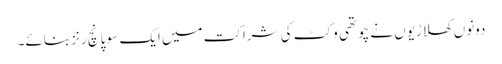
دونوں کھلاڑیوں نے چوتھی وکٹ کی شراکت میں ایک سو پانچ رنز بنائے۔